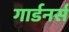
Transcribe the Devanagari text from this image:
गार्डनर्स